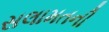
સલામતની